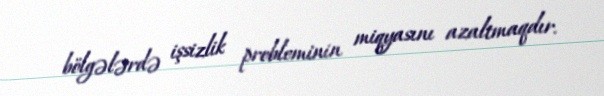
bölgələrdə işsizlik probleminin miqyasını azaltmaqdır.